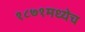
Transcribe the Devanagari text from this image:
१८७१मध्येच